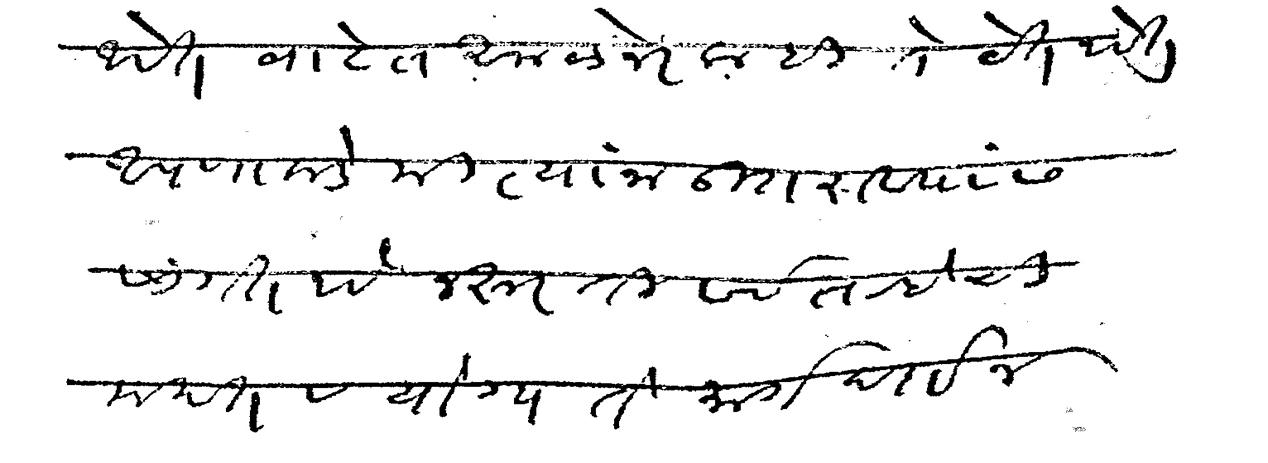
Transliteration (Devanagari): आहेत वाटेत अमळनेरलाही ते येत आहेत आपणाकडे मी त्यांना उतरावयास सांगत आहे जरूर ती सर्व त-हेची मदत व योग्य ते मार्गदर्शन